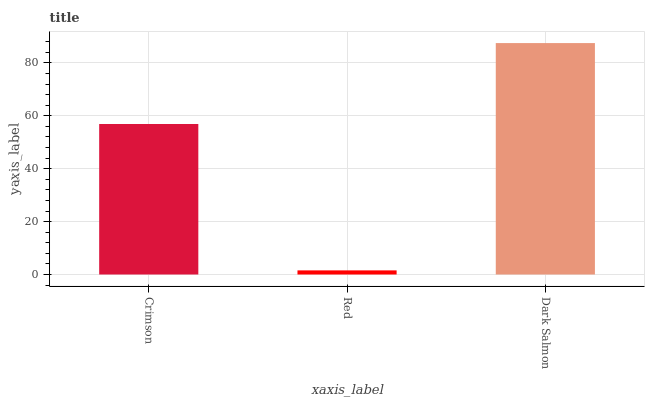
| xaxis_label | bars |
 | --- | --- |
 | Crimson | 56.9 |
 | Red | 1.56 |
 | Dark Salmon | 87.5 |